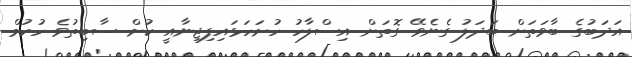
އަދަބުގެ ބާވަތަށް ބަދަލު ގެނެވޭ ގޮތަށް އިސްލާހު ހުށަހަޅައިފިޖިނާއީ ކުށް ސާބިތުވެ ހުކުމް